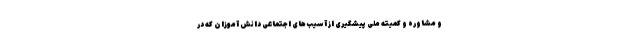
و مشاوره و کمیته ملی پیشگیری از آسیب‌های اجتماعی دانش آموزان که در